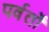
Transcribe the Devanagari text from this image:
पर्वर्तो